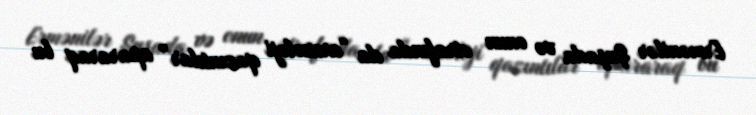
Ermənilər Şuşada və onun ətrafında da “arxeoloji qazıntılar” apararaq bu